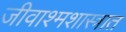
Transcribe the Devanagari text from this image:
जीवाश्मशास्त्रात